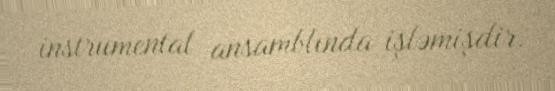
instrumental ansamblında işləmişdir.